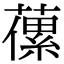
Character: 𦽝